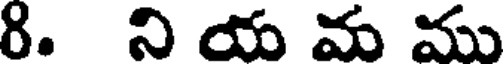
8. ని య మ ము